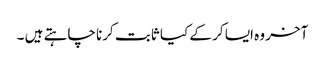
آخر وہ ایسا کر کے کیا ثابت کرنا چاہتے ہیں ۔